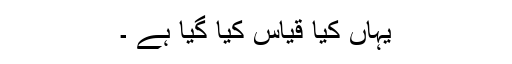
یہاں کیا قیاس کیا گیا ہے ۔